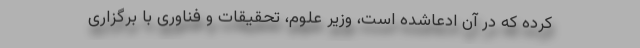
کرده که در آن ادعاشده است، وزیر علوم، تحقیقات و فناوری با برگزاری